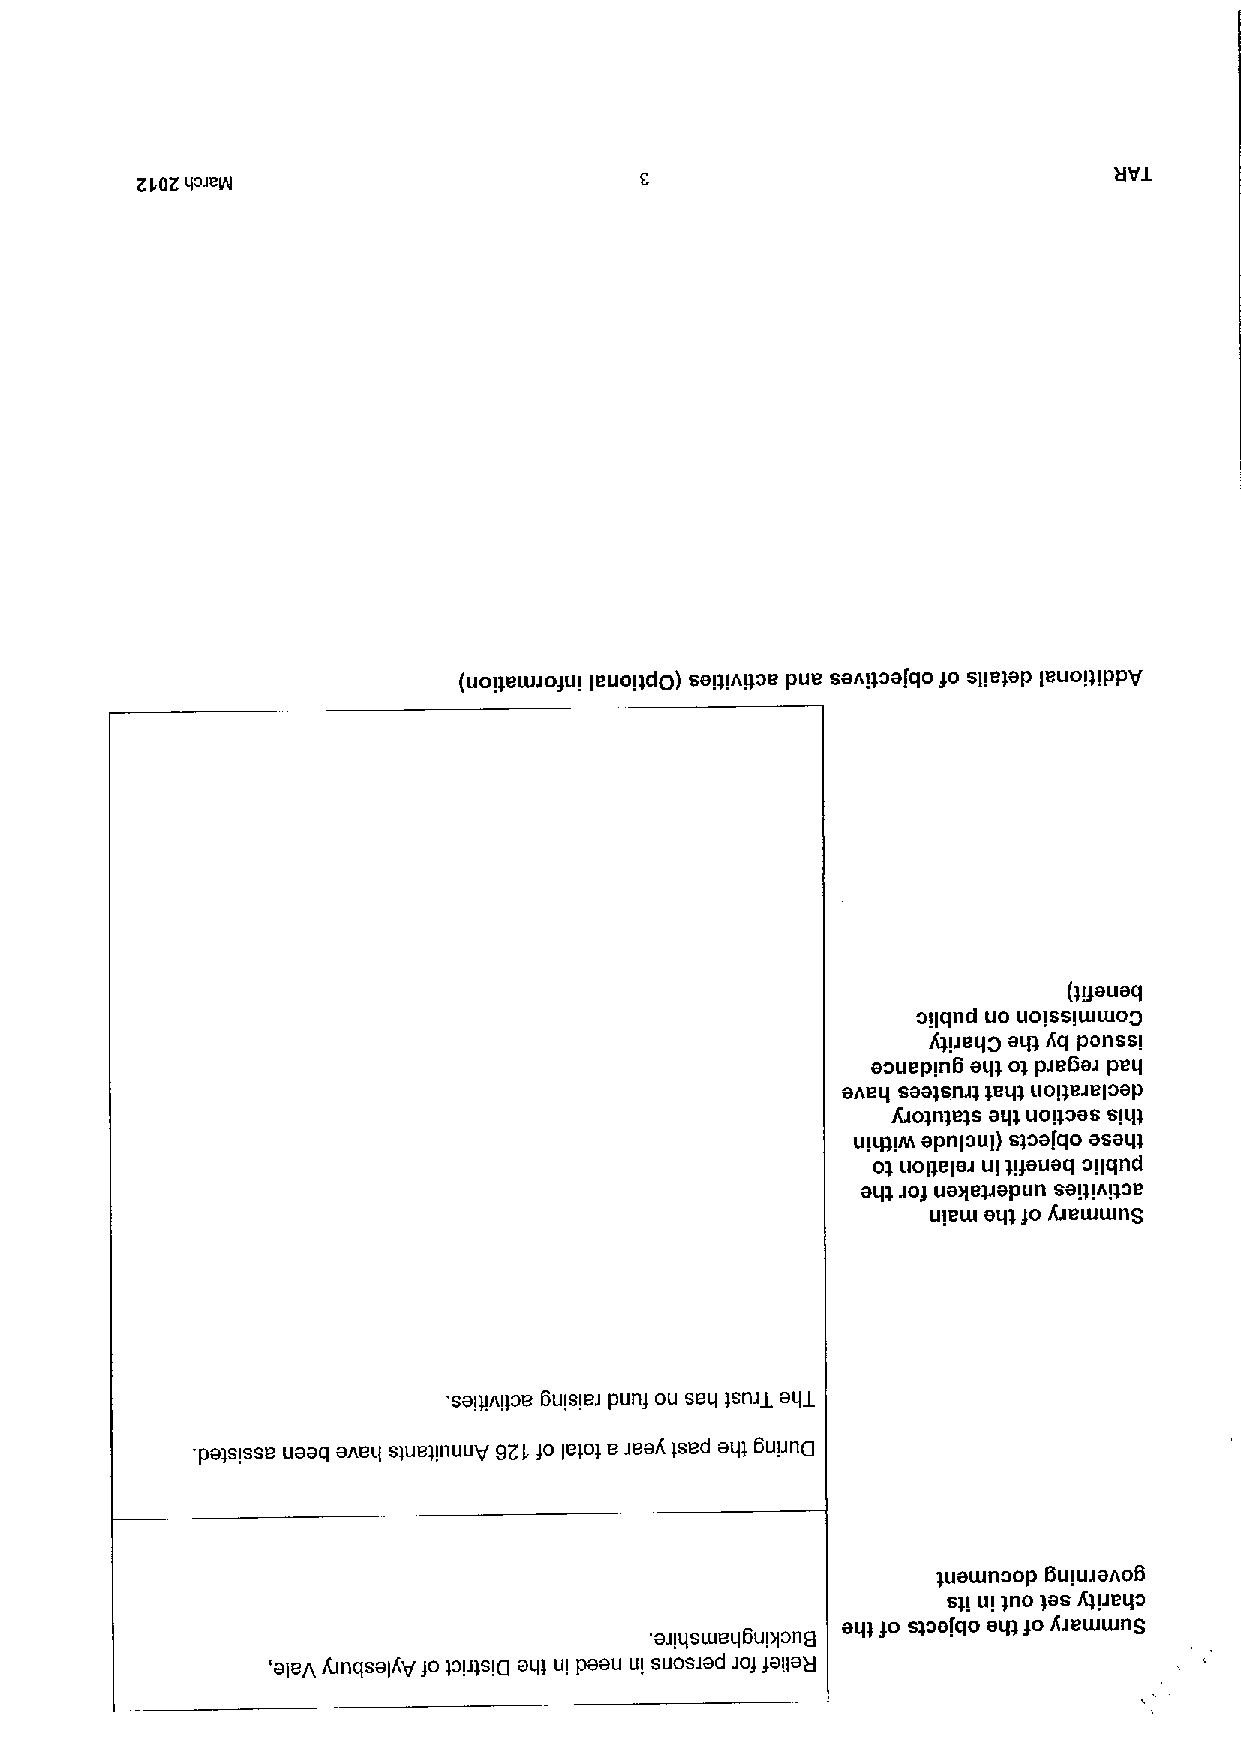
(uopeuuo)ul leuol)dp) sap)Aqoe pue sanpoafqo)o sile)ap leuoqlppy
 (~gauaq
 ollqnd uo uo)sslwwog
 4peqO a~ A'q panssi
 aouepln6 aq& o&pse6as peq
 aheq saa&sruti )eq& uope&eloap
 Ro&n&eis aq& uopoas slq&
 ulq)lan apnloul) s)oa(qo asaq&
 o&uol&alai ul uiauaq ollqnd
 aq& ~o)ua~eWapun saq(A(&oe
 view aq&)o Qewwng
 sayngoe 6ulslej pung ou seq &sn&j aZ
 . pa)slsse uaaq aneq slue)lnuuy gZl, )o le)o& ejeaA ised aql 6upnlj
 &uawnoop 6ulwano6
 s)( ui )no &as Qpeqo
 aq) )o s&oafqo aq) )oA&ewwng
 'ajlqsweq6uplona
 'alep, knqsalhV)o lou&silj aql ui paau ul suosiad ~o)Ielag